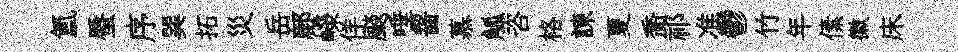
氳蜃序巽拓災岳鄜嶸佯颷唾齧慕觚咨格諫夏喬祁准鬱竹年傃徽床